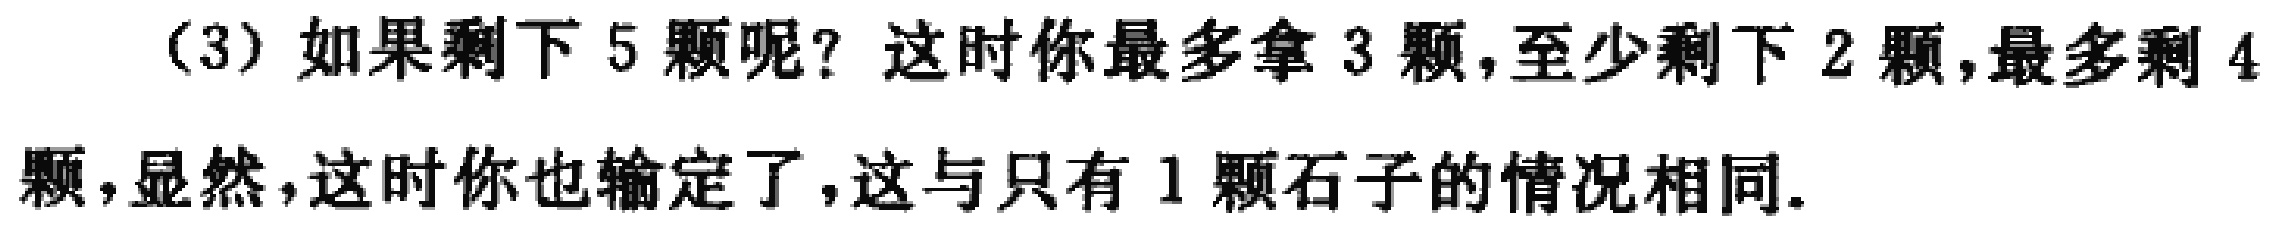
（3）如果剩下 5 颗呢？这时你最多拿 3 颗，至少剩下 2 颗，最多剩 4颗，显然，这时你也输定了，这与只有 1 颗石子的情况相同.